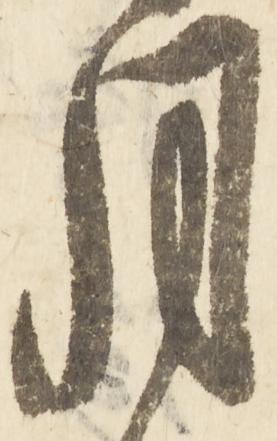
月